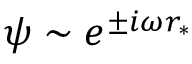
\psi \sim e ^ { \pm i \omega r _ { * } }